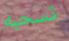
تسحبه